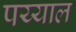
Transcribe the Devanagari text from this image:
पय्याल